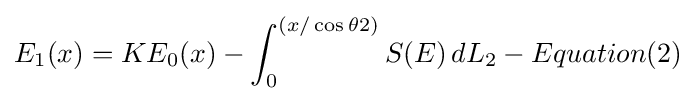
E_{1}(x)=KE_{0}(x)-\int _{0}^{(x/\cos \theta 2)}S(E)\,dL_{2}-Equation(2)